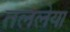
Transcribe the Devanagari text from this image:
तललेया